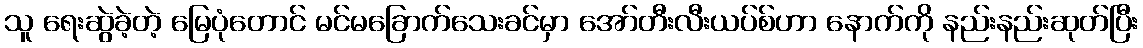
သူ ရေးဆွဲခဲ့တဲ့ မြေပုံတောင် မင်မခြောက်သေးခင်မှာ အော်တီးလီးယပ်စ်ဟာ နောက်ကို နည်းနည်းဆုတ်ပြီး